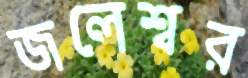
জলেশ্বর